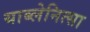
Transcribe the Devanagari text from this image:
याब्लेनित्सा